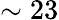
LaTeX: \sim 23